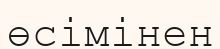
өсімінен